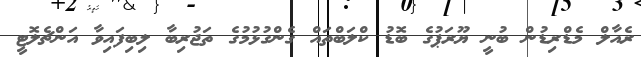
ރެއާލް މެޑްރިޑުން ބުނީ ޔޫރަޕުގެ ބޮޑު ކްލަބްތައް ގެންގުޅުމުގެ ތަޖުރިބާ ލިބިފައިވާ އަންޗެލޮޓީ